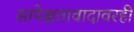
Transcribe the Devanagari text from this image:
सापेक्षतावादावरही